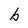
Character: b